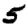
Digit: 5